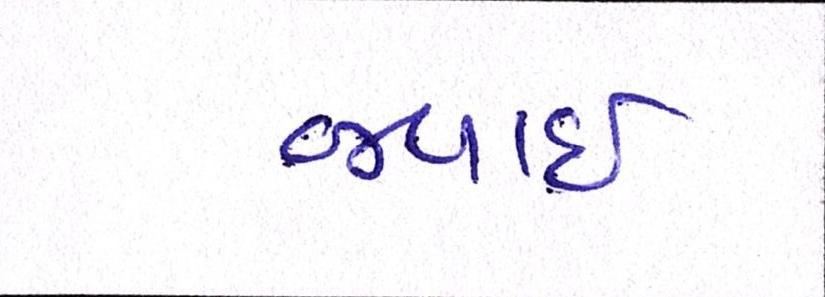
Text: જવાઇ